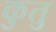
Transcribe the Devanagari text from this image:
कुतु